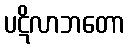
ပဋိလာဘတော